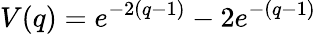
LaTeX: V(q)=e^{-2(q-1)}-2e^{-(q-1)}